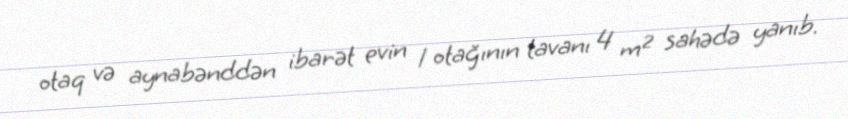
otaq və aynabənddən ibarət evin 1 otağının tavanı 4 m² sahədə yanıb.